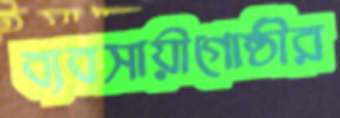
ব্যবসায়ীগোষ্ঠীর